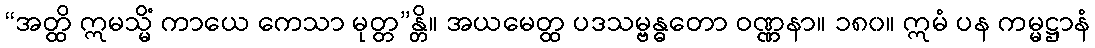
“အတ္ထိ ဣမသ္မိံ ကာယေ ကေသာ မုတ္တ”န္တိ။ အယမေတ္ထ ပဒသမ္ဗန္ဓတော ဝဏ္ဏနာ။ ၁၈၀။ ဣမံ ပန ကမ္မဋ္ဌာနံ